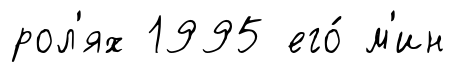
рол'ях 1995 его́ м'ин